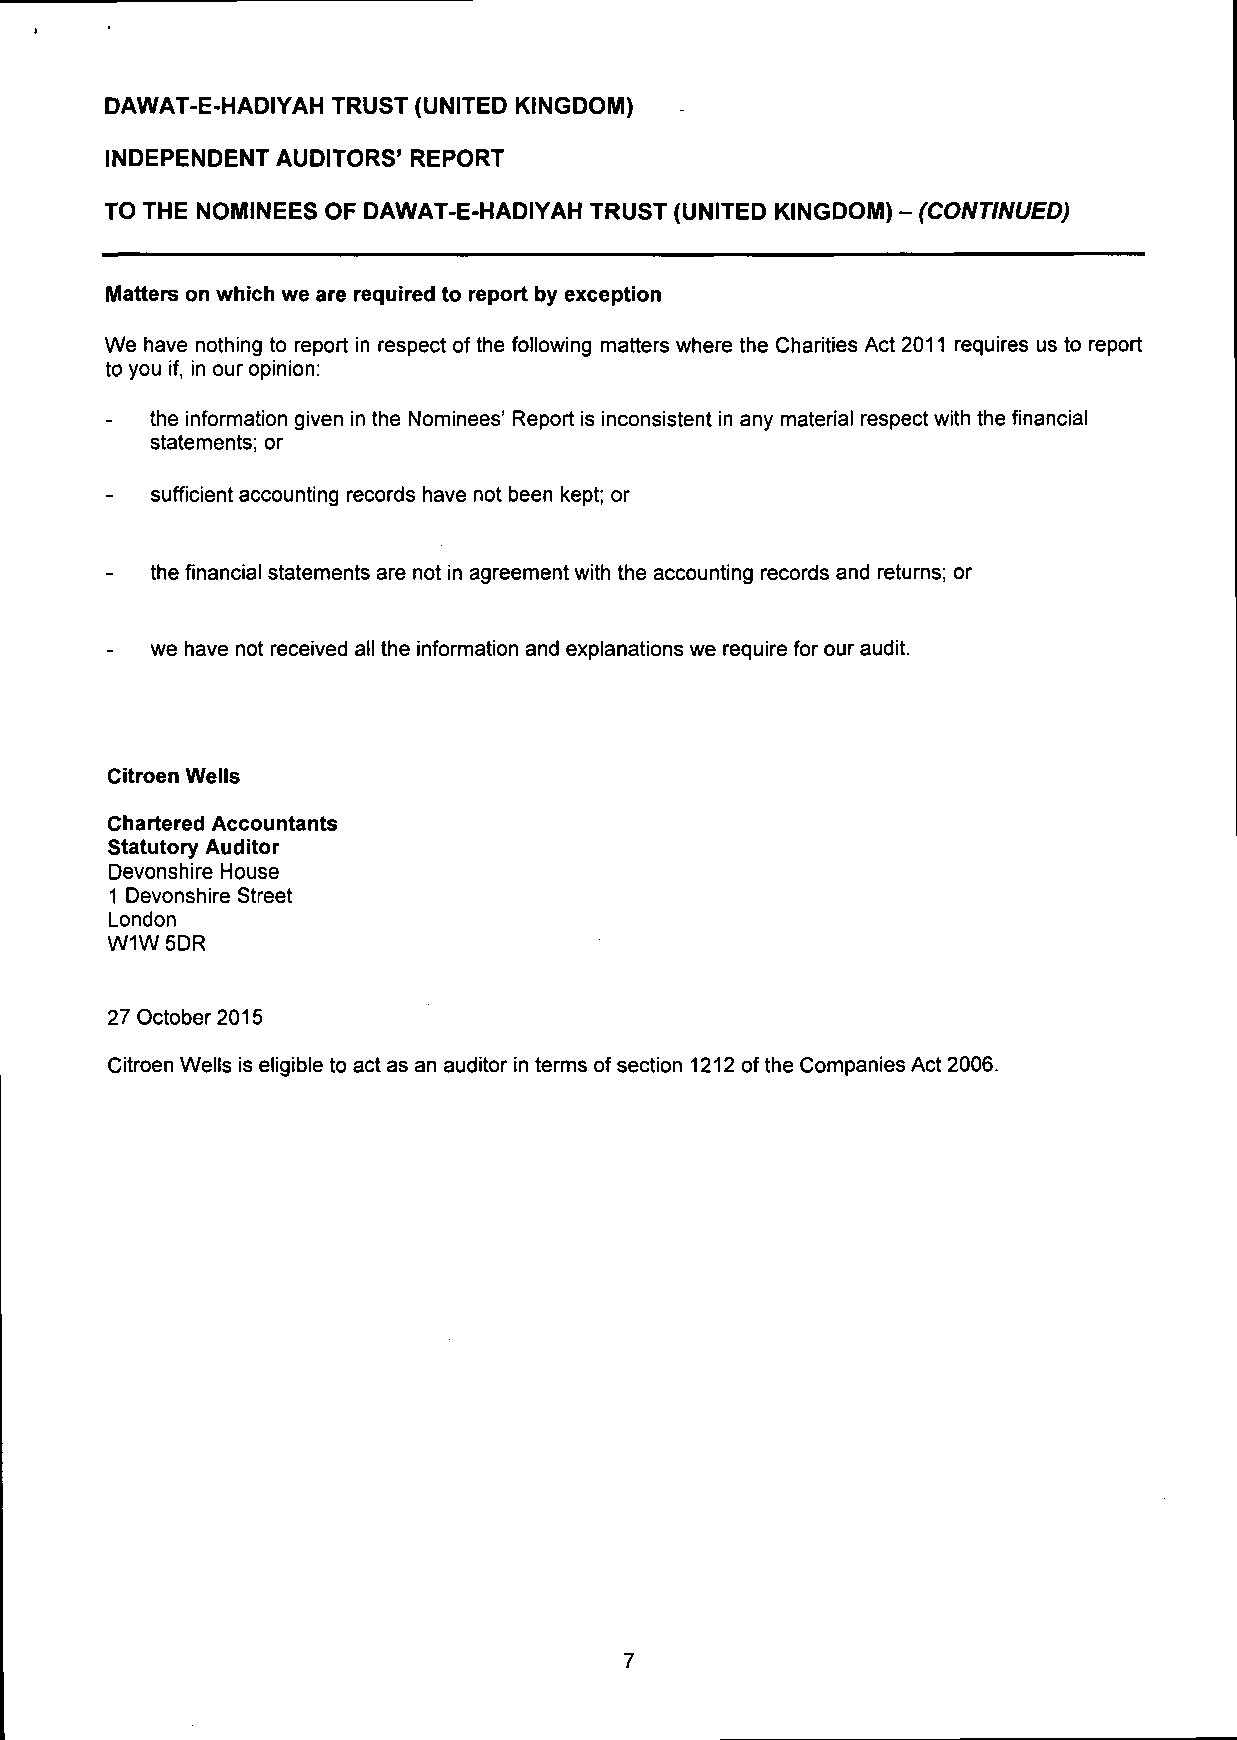
DAWAT-E-HADIYAH TRUST (UNITED KINGDOM)
 INDEPENDENT AUDITORS' REPORT
 TO THE NOMINEES OF DAWAT-E-HADIYAH TRUST (UNITED KINGDOM) - (CONTINUED)
 Matters on which we are required to report by exception
 We have nothing to report in respect of the following matters where the Charities Act 2011 requires us to report
 to you if, in our opinion:
 the information given in the Nominees' Report is inconsistent in any material respect with the financial
 statements; or
 sufficient accounting records have not been kept; or
 the financial statements are not in agreement with the accounting records and returns; or
 we have not received all the information and explanations we require for our audit.
 Citroen Wells
 Chartered Accountants
 Statutory Auditor
 Devonshire House
 1 Devonshire Street
 London
 W1W5DR
 27 October 2015
 Citroen Wells is eligible to act as an auditor in terms of section 1212 of the Companies Act 2006.
 7